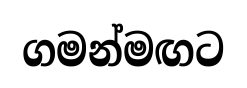
ගමන්මඟට